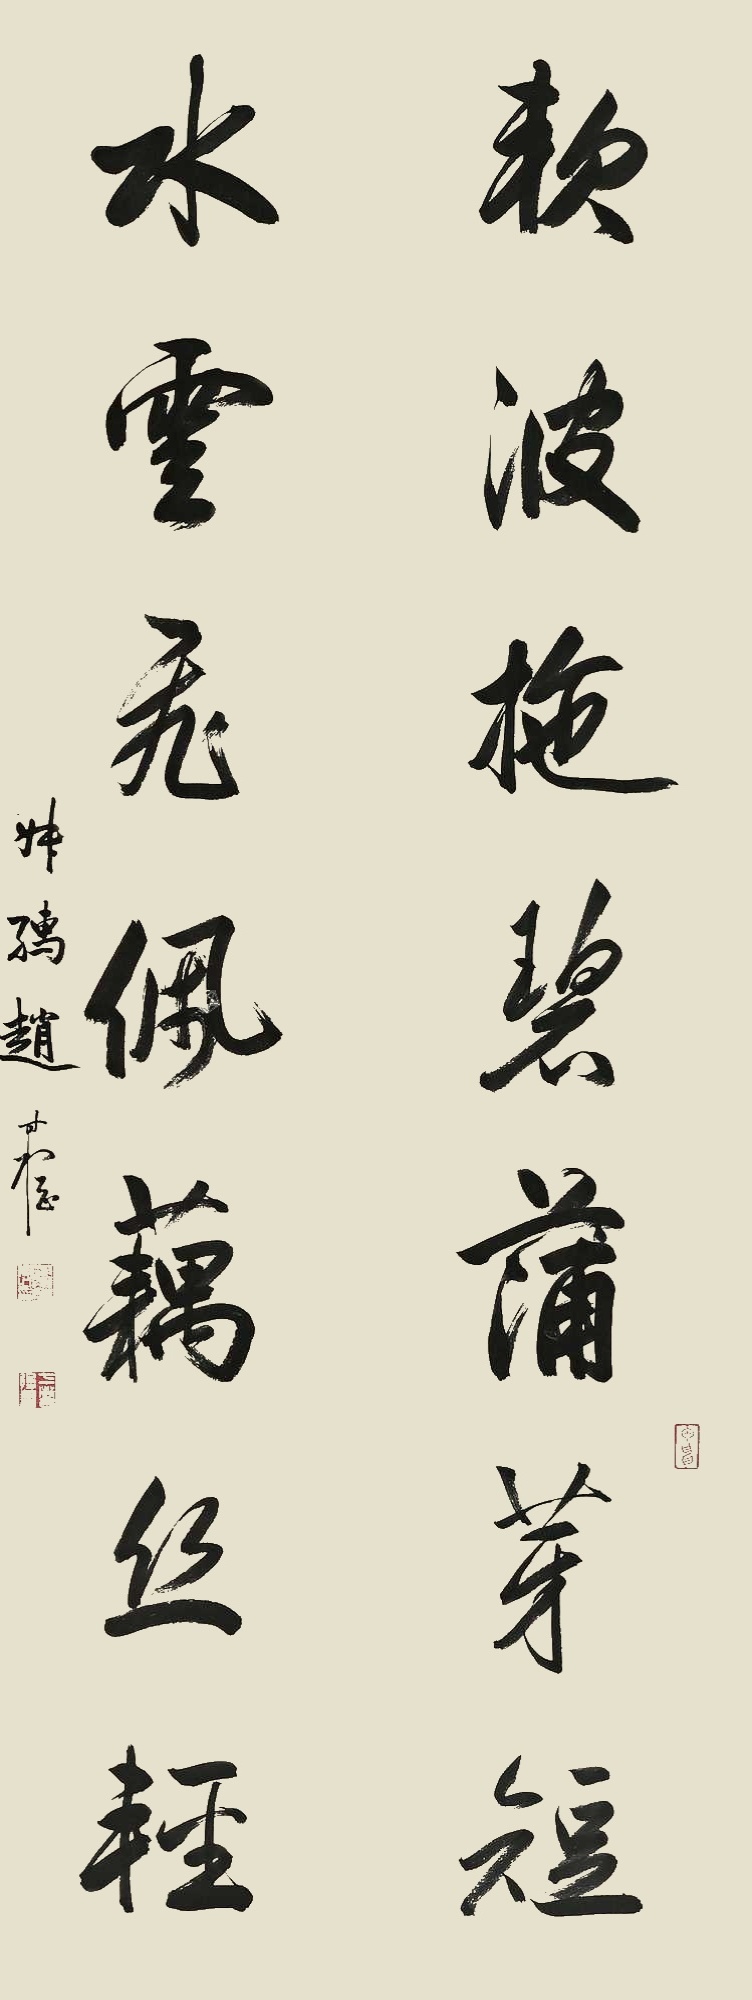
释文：软波拖碧蒲芽短，水云飞佩藕丝轻。叔孺赵时㭎。